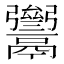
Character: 𩱥